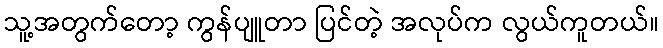
သူ့အတွက်တော့ ကွန်ပျူတာ ပြင်တဲ့ အလုပ်က လွယ်ကူတယ်။